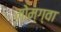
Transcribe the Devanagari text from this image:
मोम्ग्वा